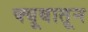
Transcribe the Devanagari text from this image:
क्यूबातून